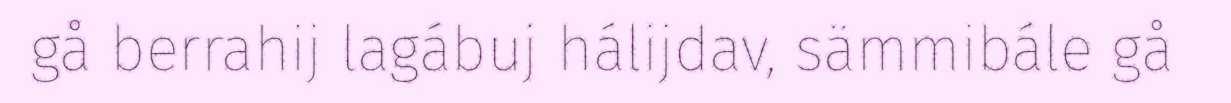
gå berrahij lagábuj hálijdav, sämmibále gå